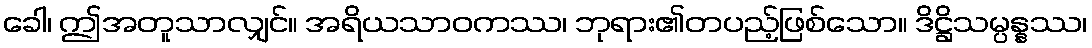
ခေါ၊ ဤအတူသာလျှင်။ အရိယသာဝကဿ၊ ဘုရား၏တပည့်ဖြစ်သော။ ဒိဋ္ဌိသမ္ပန္နဿ၊